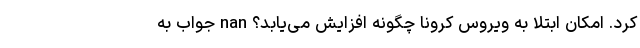
کرد. امکان ابتلا به ویروس کرونا چگونه افزایش می‌یابد؟ nan جواب به